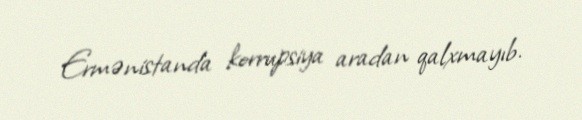
Ermənistanda korrupsiya aradan qalxmayıb.